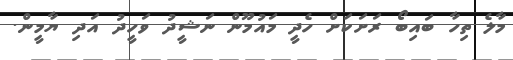
މާލެ ތިހާ ބައިބޯ ރަށަކަށް ހެދީ މައުމޫން ނަޝީދު ވަހީދު އަދި ޔާމީން.